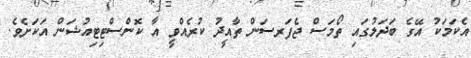
އެކަމަކު އޭގެ ބަދަލުގައި ތޯމަސް ޖެފަރސަން ތާއީދު ކުރެއްވީ އާ ކޮންސްޓިޓިއުޝަން އަކަށެވެ.